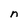
Character: n